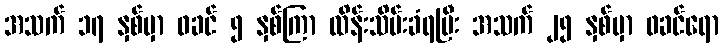
အသက် ၁၇ နှစ်မှာ ဖခင် ၅ နှစ်ကြာ ထိန်းသိမ်းခံရပြီး အသက် ၂၅ နှစ်မှာ ဖခင်ရော